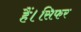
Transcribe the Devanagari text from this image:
हैं।सिफर